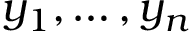
y _ { 1 } , \ldots , y _ { n }